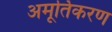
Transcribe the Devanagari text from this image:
अमूर्तिकरण